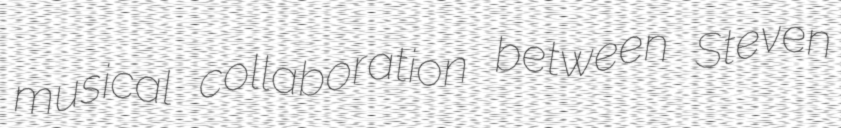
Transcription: musical collaboration between Steven